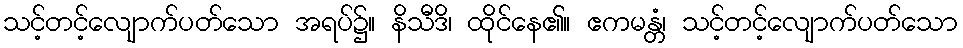
သင့်တင့်လျောက်ပတ်သော အရပ်၌။ နိသီဒိ၊ ထိုင်နေ၏။ ဧကမန္တံ၊ သင့်တင့်လျောက်ပတ်သော